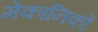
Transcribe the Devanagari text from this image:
मेकानिकों